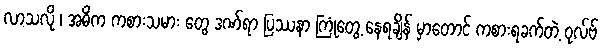
လာသလို ၊ အဓိက ကစားသမား တွေ ဒဏ်ရာ ပြဿနာ ကြုံတွေ့ နေရချိန် မှာတောင် ကစားရခက်တဲ့ ဝုလ်ဗ်